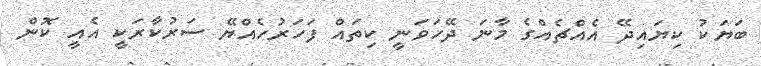
ބަޔަކު ކިޔައިދޭ އެއްޗެއްގެ މާނަ ދޭހަވަނީ ކިތައް ފަހަރުހެއްޔޭ ސަރުކާރަކީ އެއީ ކޮން